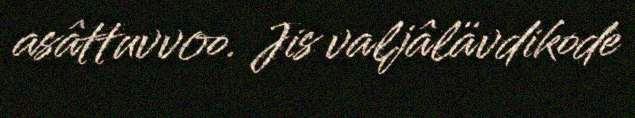
asâttuvvoo. Jis valjâlävdikode